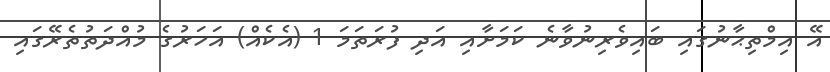
އޭ އިމްތިޙާނުގައި ބައިވެރިނުވާނެ ކަމަށާއި އަދި ފުރަތަމަ 1 (އެކެއް) އަހަރުގެ މުއްދަތުތެރޭގައި